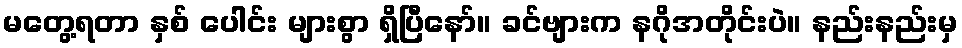
မတွေ့ရတာ နှစ် ပေါင်း များစွာ ရှိပြီနော်။ ခင်ဗျားက နဂိုအတိုင်းပဲ။ နည်းနည်းမှ